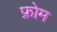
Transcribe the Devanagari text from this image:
फ़्रोम